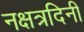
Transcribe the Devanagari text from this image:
नक्षत्रदिनी